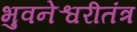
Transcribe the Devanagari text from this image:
भुवनेश्वरीतंत्र